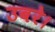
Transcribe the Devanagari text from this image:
उबरे।